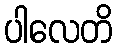
ပါလေတိ